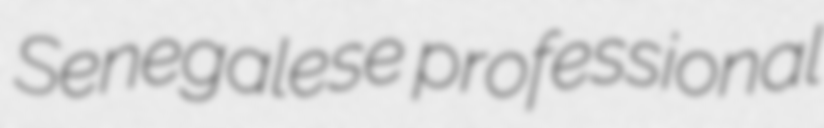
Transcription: Senegalese professional